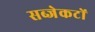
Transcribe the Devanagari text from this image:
सब्जेकटों